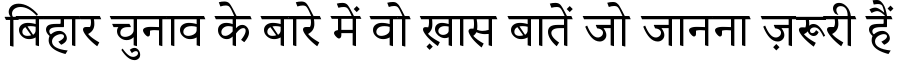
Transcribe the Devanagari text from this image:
बिहार चुनाव के बारे में वो ख़ास बातें जो जानना ज़रूरी हैं